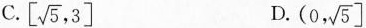
C.\left[ \sqrt{5},3\right] D.\left(0, \sqrt{5}\right]